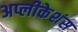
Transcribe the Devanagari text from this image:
अप्लीकेशंस